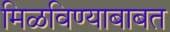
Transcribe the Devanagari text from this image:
मिळविण्याबाबत